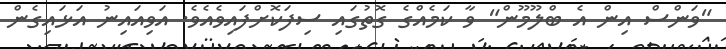
"ވަންސް އިން އެ ބްލޫމޫން" ވާ ކަމެއްގެ ގޮތުގައި ސިފަކޮށްފައިވެއެވެ. އަވިއައިނު އަޅައިގެން